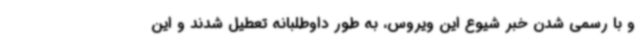
و با رسمی شدن خبر شیوع این ویروس، به طور داوطلبانه تعطیل شدند و این